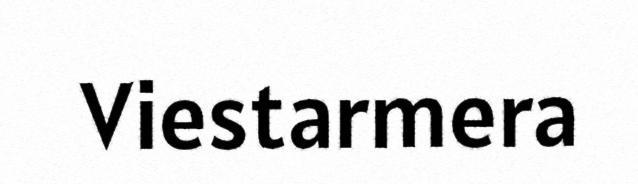
Viestarmera